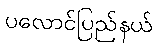
ပလောင်ပြည်နယ်